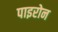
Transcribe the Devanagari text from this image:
पाइरोन